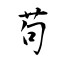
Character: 苟